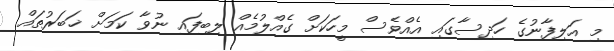
މި އަލިފާނުގެ ހަދިސާގައި އެއްވެސް މީހަކަށް ގެއްލުމެއް ލިބިފައި ނުވާ ކަމަށް ޚަބަރުތައް